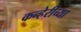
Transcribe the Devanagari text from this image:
कन्हेरीच्या